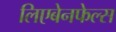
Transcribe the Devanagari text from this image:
लिएबेनफेल्स